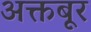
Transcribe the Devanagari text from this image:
अक्तबूर